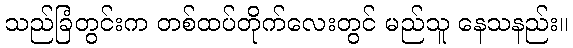
သည်ခြံတွင်းက တစ်ထပ်တိုက်လေးတွင် မည်သူ နေသနည်း။